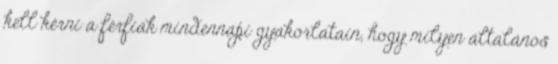
kell kérni a férfiak mindennapi gyakorlatain, hogy milyen általános